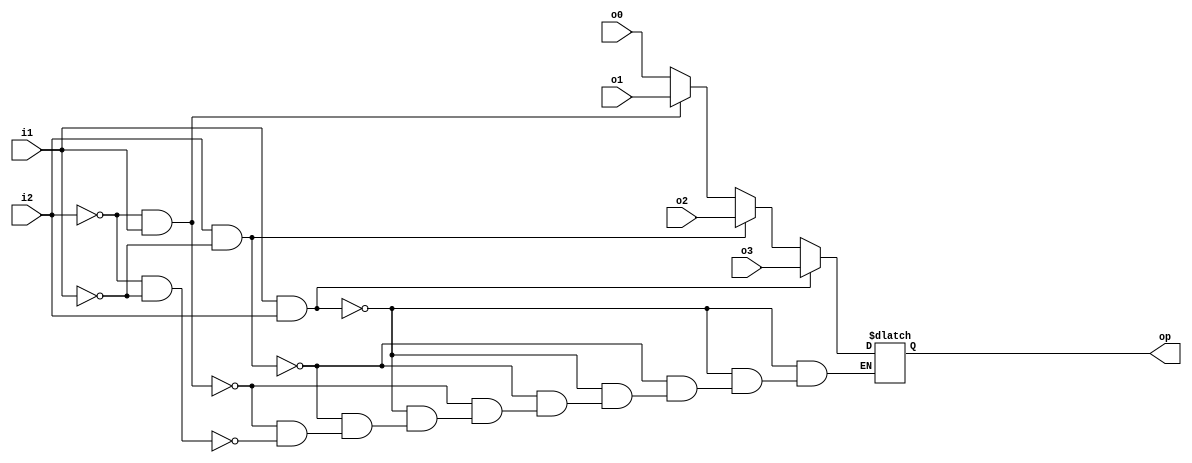
module mux4(i1,i2,o0,o1,o2,o3,op);
input [15:0] o0,o1,o2,o3;
input i1,i2;
output reg[15:0] op;
always@(*)
begin
if(i1&i2)
begin
op=o3;
end
else if(i2&~i1)
begin
op=o2;
end
else if(~i2&i1)
begin
op=o1;
end
else if(~i2&~i1)
begin
op=o0;
end
end
endmodule